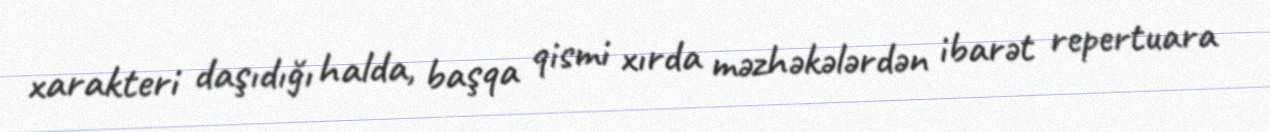
xarakteri daşıdığı halda, başqa qismi xırda məzhəkələrdən ibarət repertuara